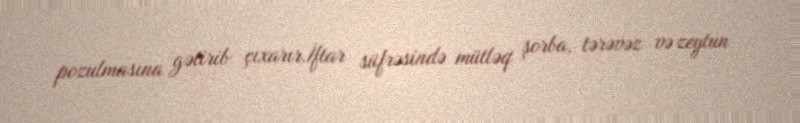
pozulmasına gətirib çıxarır.İftar süfrəsində mütləq şorba, tərəvəz və zeytun